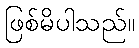
ဖြစ်မိပါသည်။